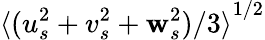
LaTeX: {\langle(u_{s}^{2}+v_{s}^{2}+\mathbf{w}_{s}^{2})/3\rangle}^{1/2}